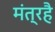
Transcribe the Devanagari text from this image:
मंत्रहै